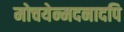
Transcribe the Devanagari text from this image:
मोचयेन्मदनादपि